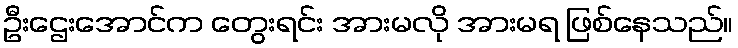
ဦးဌေးအောင်က တွေးရင်း အားမလို အားမရ ဖြစ်နေသည်။